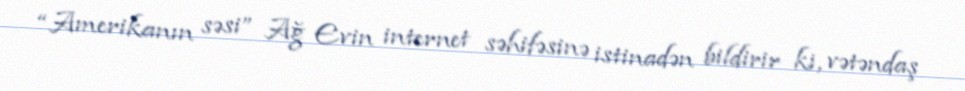
“Amerikanın səsi” Ağ Evin internet səhifəsinə istinadən bildirir ki, vətəndaş